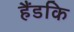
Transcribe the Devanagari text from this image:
हैंडकि